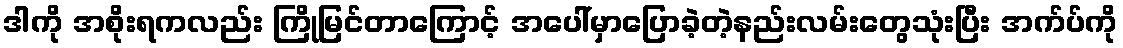
ဒါကို အစိုးရကလည်း ကြိုမြင်တာကြောင့် အပေါ်မှာပြောခဲ့တဲ့နည်းလမ်းတွေသုံးပြီး အက်ပ်ကို